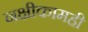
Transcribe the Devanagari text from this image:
नक्षीकामही